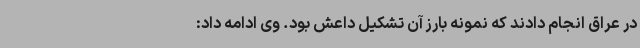
در عراق انجام دادند که نمونه بارز آن تشکیل داعش بود. وی ادامه داد: